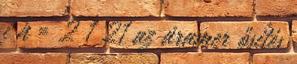
i h = 2 1 21 az áramer ősítés